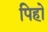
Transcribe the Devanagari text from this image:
पिहो